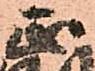
正